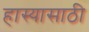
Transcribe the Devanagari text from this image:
हास्यासाठी